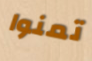
تمنوا